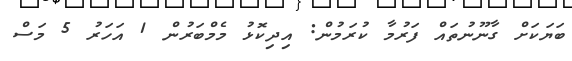
ބަޔަކަށް ގާނޫނުތައް ފަރުމާ ކުރަމުން: އިދިކޮޅު މެމްބަރުން 1 އަހަރު 5 މަސް